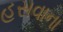
હસવાના